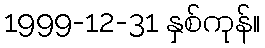
1999-12-31 နှစ်ကုန်။